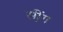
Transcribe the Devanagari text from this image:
सी़ंग